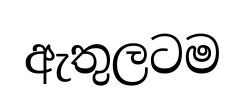
ඇතුලටම